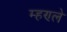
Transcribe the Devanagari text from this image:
म्हण्ले